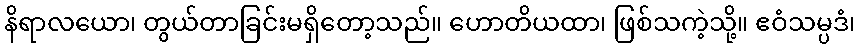
နိရာလယော၊ တွယ်တာခြင်းမရှိတော့သည်။ ဟောတိယထာ၊ ဖြစ်သကဲ့သို့။ ဧဝံသမ္ပဒံ၊